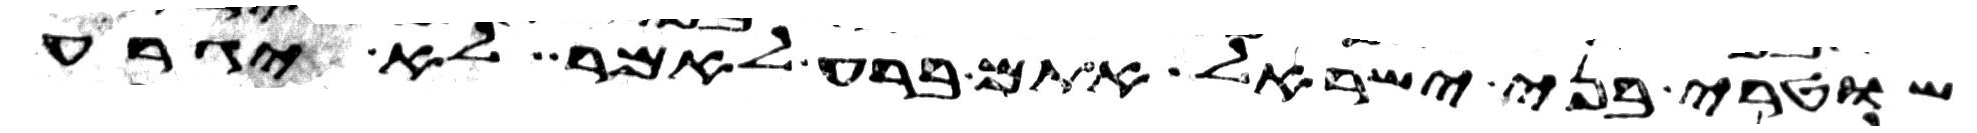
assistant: שוטרי בני ישראל אתם ברע לאמר לא יגרע